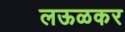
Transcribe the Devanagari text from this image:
लऊळकर